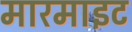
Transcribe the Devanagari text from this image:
मारमाइट